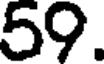
59.